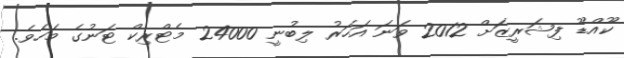
ކޫއްޑޫ ފިޝަރީޒަށް 2012 ވަނަ އަހަރު ލިބުނީ 24000 މެޓްރިކް ޓަނުގެ މަހެވެ.